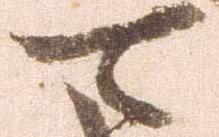
可